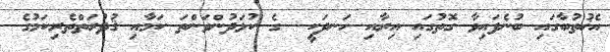
އެޚުތުބާގައި ބުނެފައިވާ ގޮތުގައި އިރާއި ހަނދަކީ  ގެ ކުޅަދުންވަންތަ ކަމާއި ޤުދުރަތްތެރިކަމުގެ